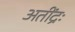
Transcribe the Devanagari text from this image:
अतींद्रः